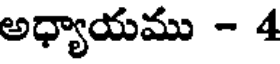
అధ్యాయము - 4